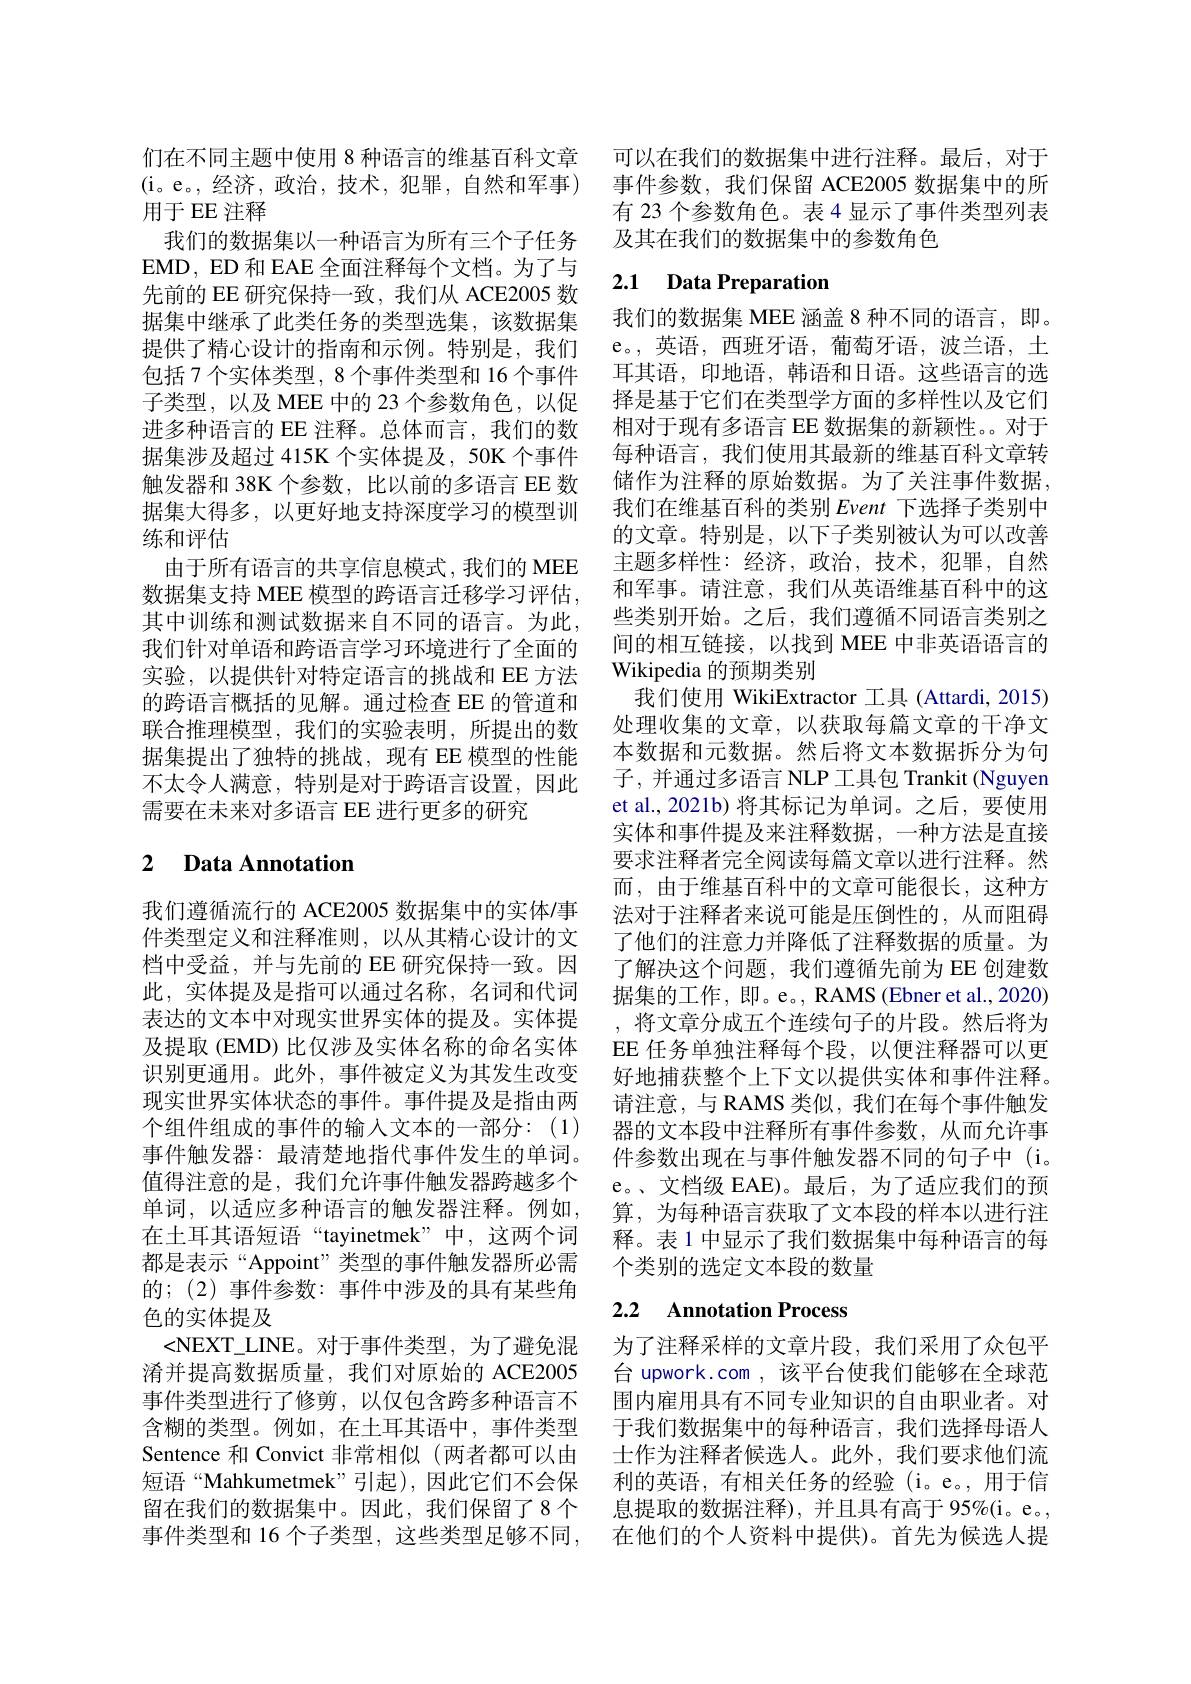
(i。e。,经济，政治，技术，犯罪，自然和军事)
用于 EE 注释
我们的数据集以一种语言为所有三个子任务EMD, ED 和 EAE 全面注释每个文档。为了与先前的 EE 研究保持一致，我们从 ACE2005 数据集中继承了此类任务的类型选集，该数据集提供了精心设计的指南和示例。特别是，我们包括 7 个实体类型，8 个事件类型和 16 个事件子类型，以及 MEE 中的 23 个参数角色，以促进多种语言的 EE 注释。总体而言，我们的数据集涉及超过 415K 个实体提及，50K 个事件触发器和 38K 个参数，比以前的多语言 EE 数据集大得多，以更好地支持深度学习的模型训练和评估
由于所有语言的共享信息模式，我们的 MEE 数据集支持 MEE 模型的跨语言迁移学习评估， 其中训练和测试数据来自不同的语言。为此， 我们针对单语和跨语言学习环境进行了全面的实验，以提供针对特定语言的挑战和 EE 方法的跨语言概括的见解。通过检查 EE 的管道和联合推理模型，我们的实验表明，所提出的数据集提出了独特的挑战，现有 EE 模型的性能不太令人满意，特别是对于跨语言设置，因此需要在未来对多语言 EE 进行更多的研究

### 2 $\textbf{Data Annotation}$

我们遵循流行的 ACE2005 数据集中的实体/事件类型定义和注释准则，以从其精心设计的文档中受益，并与先前的 EE 研究保持一致。因此，实体提及是指可以通过名称，名词和代词表达的文本中对现实世界实体的提及。实体提及提取(EMD) 比仅涉及实体名称的命名实体识别更通用。此外，事件被定义为其发生改变现实世界实体状态的事件。事件提及是指由两个组件组成的事件的输入文本的一部分：(1) 事件触发器：最清楚地指代事件发生的单词。值得注意的是，我们允许事件触发器跨越多个单词，以适应多种语言的触发器注释。例如， 在土耳其语短语“tayinetmek”中，这两个词都是表示“Appoint”类型的事件触发器所必需的；(2)事件参数：事件中涉及的具有某些角色的实体提及
<NEXT\_LINE。对于事件类型，为了避免混淆并提高数据质量，我们对原始的 ACE2005事件类型进行了修剪，以仅包含跨多种语言不含糊的类型。例如，在土耳其语中，事件类型Sentence 和 Convict 非常相似(两者都可以由短语“Mahkumetmek”引起),因此它们不会保留在我们的数据集中。因此，我们保留了8个事件类型和 16 个子类型，这些类型足够不同，

们在不同主题中使用 8 种语言的维基百科文章 可以在我们的数据集中进行注释。最后，对于
事件参数，我们保留 ACE2005 数据集中的所有 23 个参数角色。表 4 显示了事件类型列表及其在我们的数据集中的参数角色

## 2.1 Data Preparation

我们的数据集 MEE 涵盖 8 种不同的语言，即。e。,英语，西班牙语，葡萄牙语，波兰语，土耳其语，印地语，韩语和日语。这些语言的选择是基于它们在类型学方面的多样性以及它们相对于现有多语言 EE 数据集的新颖性。。对于每种语言，我们使用其最新的维基百科文章转储作为注释的原始数据。为了关注事件数据， 我们在维基百科的类别 Event 下选择子类别中的文章。特别是，以下子类别被认为可以改善主题多样性：经济，政治，技术，犯罪，自然和军事。请注意，我们从英语维基百科中的这些类别开始。之后，我们遵循不同语言类别之间的相互链接，以找到 MEE 中非英语语言的Wikipedia 的预期类别
我们使用 WikiExtractor 工具 (Attardi, 2015) 处理收集的文章，以获取每篇文章的干净文本数据和元数据。然后将文本数据拆分为句子，并通过多语言 NLP 工具包 Trankit (Nguyen et al.,2021b) 将其标记为单词。之后，要使用实体和事件提及来注释数据，一种方法是直接要求注释者完全阅读每篇文章以进行注释。然而，由于维基百科中的文章可能很长，这种方法对于注释者来说可能是压倒性的，从而阻碍了他们的注意力并降低了注释数据的质量。为了解决这个问题，我们遵循先前为 EE 创建数据集的工作，即。e。, RAMS (Ebner et al., 2020) ,将文章分成五个连续句子的片段。然后将为EE 任务单独注释每个段，以便注释器可以更好地捕获整个上下文以提供实体和事件注释。请注意，与 RAMS 类似，我们在每个事件触发器的文本段中注释所有事件参数，从而允许事件参数出现在与事件触发器不同的句子中(i。e。、文档级 EAE)。最后，为了适应我们的预算，为每种语言获取了文本段的样本以进行注释。表1 中显示了我们数据集中每种语言的每个类别的选定文本段的数量

## 2.2 Annotation Process

为了注释采样的文章片段，我们采用了众包平台 upwork.com , 该平台使我们能够在全球范围内雇用具有不同专业知识的自由职业者。对于我们数据集中的每种语言，我们选择母语人士作为注释者候选人。此外，我们要求他们流利的英语，有相关任务的经验(i。e。,用于信息提取的数据注释),并且具有高于95%(i。e。, 在他们的个人资料中提供)。首先为候选人提